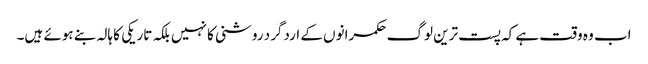
اب وہ وقت ہے کہ پست ترین لوگ حکمرانوں کے اردگرد روشنی کا نہیں بلکہ تاریکی کا ہالہ بنے ہوئے ہیں۔